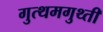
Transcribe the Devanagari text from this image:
गुत्थमगुथ्ती